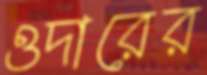
ওদারের